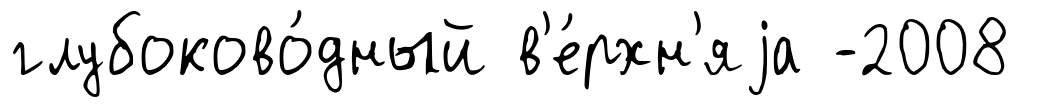
глубоково́дный в'е́рхн'яjа -2008